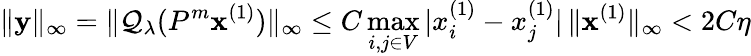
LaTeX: \| \mathbf{y}\| _{\infty}=\| \mathcal{Q}_{\lambda}(P^{m}\mathbf{x}^{(1)})\| _{\infty}\le C\operatorname*{max}_{i,j\in V}|x_{i}^{(1)}-x_{j}^{(1)}|\, \| \mathbf{x}^{(1)}\| _{\infty}<2C\eta